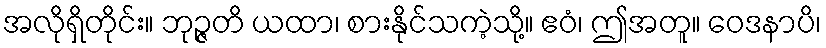
အလိုရှိတိုင်း။ ဘုဉ္ဇတိ ယထာ၊ စားနိုင်သကဲ့သို့။ ဧဝံ၊ ဤအတူ။ ဝေဒနာပိ၊